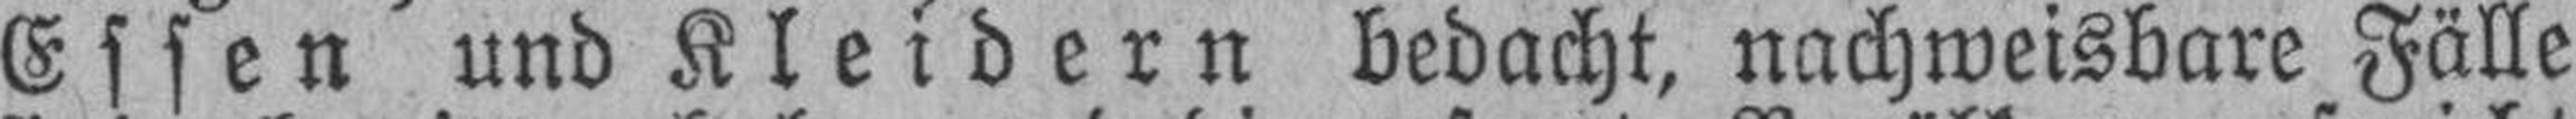
Essen und Kleidern bedacht, nachweisbare Fälle